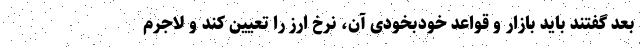
بعد گفتند باید بازار و قواعد خودبخودی آن، نرخ ارز را تعیین کند و لاجرم